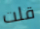
قلت